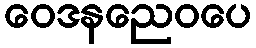
ဝေဒနညေဝပေ